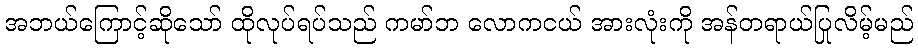
အဘယ်ကြောင့်ဆိုသော် ထိုလုပ်ရပ်သည် ကမာ်ဘ လောကငယ် အားလုံးကို အန်တရာယ်ပြုလိမ့်မည်